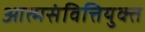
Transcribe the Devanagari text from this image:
आत्मसंवित्तियुक्त